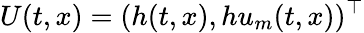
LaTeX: U(t,x)=(h(t,x),hu_{m}(t,x))^{\top}